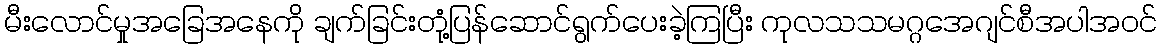
မီးလောင်မှုအခြေအနေကို ချက်ခြင်းတုံ့ပြန်ဆောင်ရွက်ပေးခဲ့ကြပြီး ကုလသသမဂ္ဂအေဂျင်စီအပါအဝင်